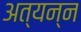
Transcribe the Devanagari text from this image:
अत्यन्न